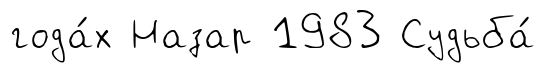
года́х Назар 1983 Судьба́